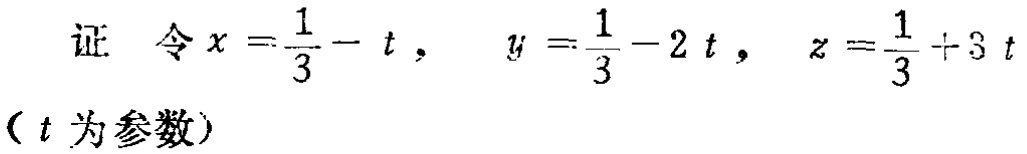
证 令\(x = \frac{1}{3}-t\)， \(y = \frac{1}{3}-2t\)， \(z = \frac{1}{3}+3t\)
（\(t\)为参数）